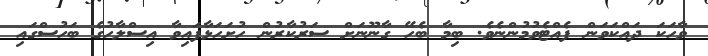
ވާހަކަ ދައްކަވަން ފެއްޓެވުމުންނެވެ. ބިމާ ބެހޭ ގާނޫނަށް ސަރުކާރުން ހުށަހަޅާފައިވާ އިސްލާހުގެ ބަހުސްގައި